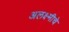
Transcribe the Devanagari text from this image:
अलक्ष्मीचे